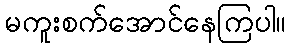
မကူးစက်အောင်နေကြပါ။